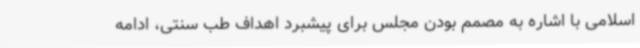
اسلامی با اشاره به مصمم بودن مجلس برای پیشبرد اهداف طب سنتی، ادامه